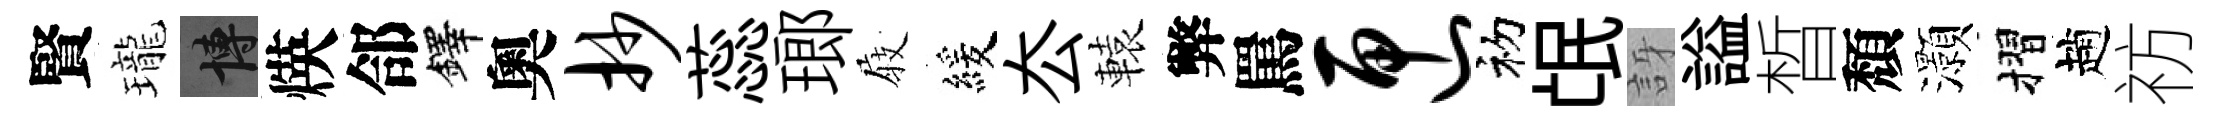
賢瓏博煐郃鐸奧抄蕊瑯𡲆緩厺轅弊罵匣初氓訝謚晳頽灝摺趙祊